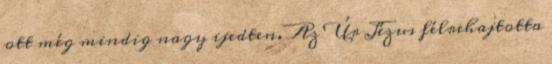
ott még mindig nagy ijedten. Az Úr Jézus félrehajtotta